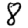
Digit: 8